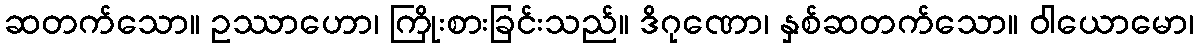
ဆတက်သော။ ဥဿာဟော၊ ကြိုးစားခြင်းသည်။ ဒိဂုဏော၊ နှစ်ဆတက်သော။ ဝါယောမော၊